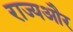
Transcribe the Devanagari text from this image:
राज्यऔर